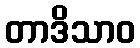
တာဒိသာဝ